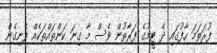
ފުރަތަމަ ހާފުގައި ދެ ޓީމުގެ ފަރާތުން ވެސް މާ ގިނަ ކަންތައްތަކެއް ފެނިގެން